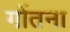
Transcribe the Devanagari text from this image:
गोंतना